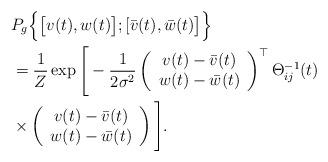
LaTeX: \begin{align*}&P_g\Big\{\big[v(t),w(t)\big];[\bar{v}(t),\bar{w}(t)\big]\Big\}\\ &=\frac{1}{Z}\exp\Bigg[-\frac{1}{2\sigma^2}\left(\begin{array}{c} v(t)-\bar{v}(t)\\w(t)-\bar{w}(t)\end{array}\right)^{\top}\Theta_{ij}^{-1}(t)\\&\times\left(\begin{array}{c} v(t)-\bar{v}(t)\\w(t)-\bar{w}(t)\end{array}\right)\Bigg].\end{align*}